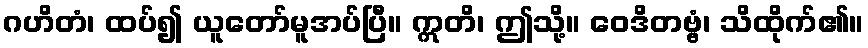
ဂဟိတံ၊ ထပ်၍ ယူတော်မူအပ်ပြီ။ ဣတိ၊ ဤသို့။ ဝေဒိတဗ္ဗံ၊ သိထိုက်၏။